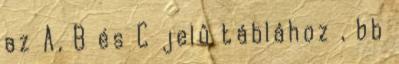
az A, B és C jelû táblához , bb